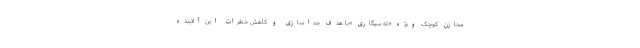
مخازن کوچک ویژه «ته سیگاری »با هدف جداسازی و کاهش خطرات این آلاینده